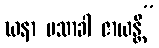
ဃနာ ပသာခါ ဇာယန္တိ”